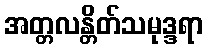
အတ္တလန္တိတ်သမုဒ္ဒရာ